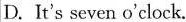
D.It's seven o'clock.